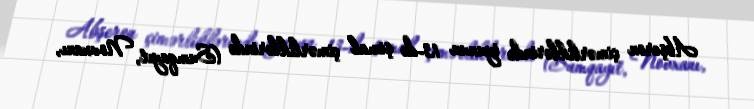
Abşeron çimərliklərində iyunun 13-də şimal çimərliklərində (Sumqayıt, Novxanı,